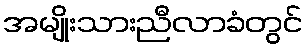
အမျိုးသားညီလာခံတွင်